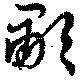
歗